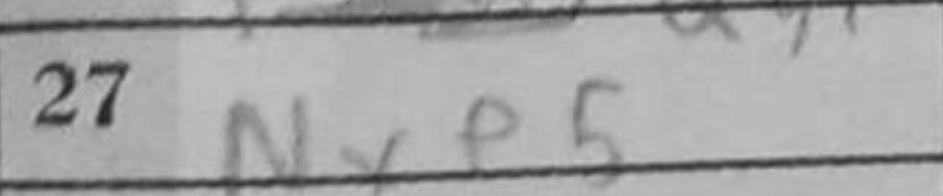
Transcription: Nxe5